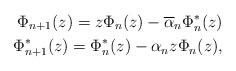
LaTeX: \begin{align*}\Phi_{n+1}(z)=z\Phi_n(z)-\overline{\alpha}_n\Phi_n^*(z)\\\Phi_{n+1}^*(z)=\Phi_n^*(z)-\alpha_nz\Phi_n(z),\end{align*}